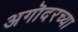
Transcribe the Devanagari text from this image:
अगॊदरच्या